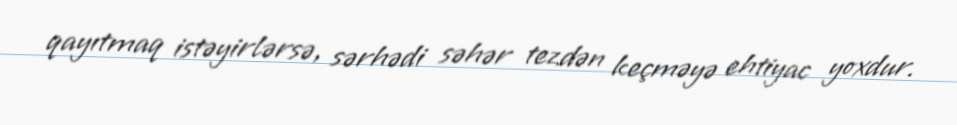
qayıtmaq istəyirlərsə, sərhədi səhər tezdən keçməyə ehtiyac yoxdur.